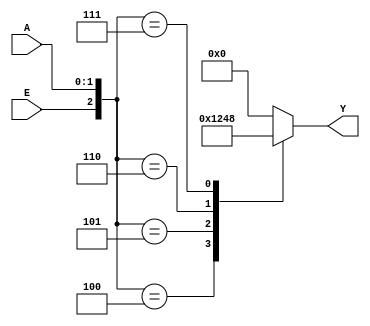
module dec_case
(
    input [1:0] A,
    input E,
    output reg [3:0] Y
);

always @(*) 
begin
    case({E,A})
        3'b100: Y = 4'b0001;
        3'b101: Y = 4'b0010;
        3'b110: Y = 4'b0100;
        3'b111: Y = 4'b1000;
        default: Y = 4'b0000;
    endcase
end

endmodule